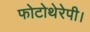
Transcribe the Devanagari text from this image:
फोटोथेरेपी।